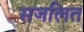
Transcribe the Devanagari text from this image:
सजलित